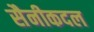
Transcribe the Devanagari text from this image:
सैनीकदल